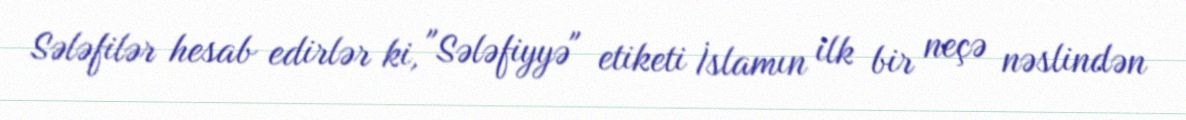
Sələfilər hesab edirlər ki, "Sələfiyyə" etiketi İslamın ilk bir neçə nəslindən